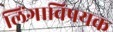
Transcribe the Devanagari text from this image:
लिंगाविषयक